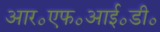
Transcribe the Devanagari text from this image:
आर॰एफ॰आई॰डी॰